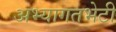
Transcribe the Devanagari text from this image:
अभ्यागतभेटी